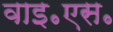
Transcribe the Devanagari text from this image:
वाइ॰एस॰